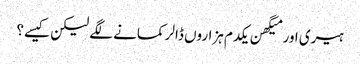
ہیری اور میگھن یکدم ہزاروں ڈالر کمانے لگے لیکن کیسے؟